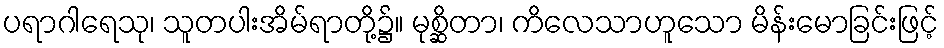
ပရာဂါရေသု၊ သူတပါးအိမ်ရာတို့၌။ မုစ္ဆိတာ၊ ကိလေသာဟူသော မိန်းမောခြင်းဖြင့်